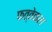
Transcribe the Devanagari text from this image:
फत्तेवाल